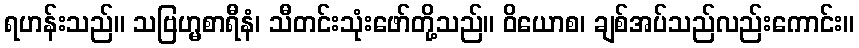
ရဟန်းသည်။ သဗြဟ္မစာရီနံ၊ သီတင်းသုံးဖော်တို့သည်။ ဝိယောစ၊ ချစ်အပ်သည်လည်းကောင်း။